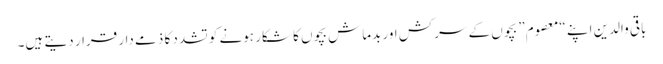
باقی والدین اپنے “معصوم” بچوں کے سرکش اور بدماش بچوں کا شکار ہونے کو تشدد کا ذمے دار قرار دیتے ہیں۔